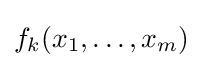
f_{k}(x_{1},\dots ,x_{m})